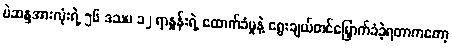
မဲဆန္ဒအားလုံးရဲ့ ၅၆ ဒသမ ၁၂ ရာနှုန်းရဲ့ ထောက်ခံမှုနဲ့ ရွေးချယ်တင်မြှောက်ခံခဲ့ရတာကတော့